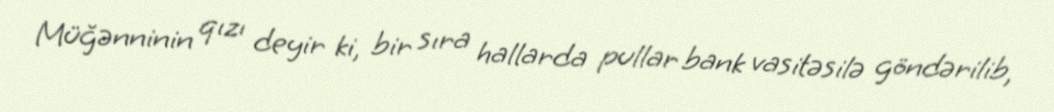
Müğənninin qızı deyir ki, bir sıra hallarda pullar bank vasitəsilə göndərilib,